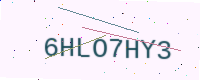
Text: 6HLO7HY3